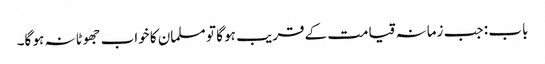
باب : جب زمانہ قیامت کے قریب ہو گا تو مسلمان کا خواب جھوٹا نہ ہو گا۔